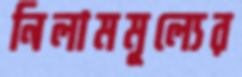
নিলামমূল্যের